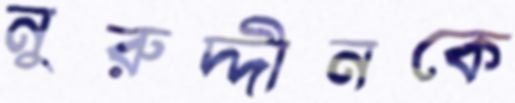
নুরুদ্দীনকে